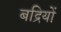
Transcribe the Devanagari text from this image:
बद्रियों